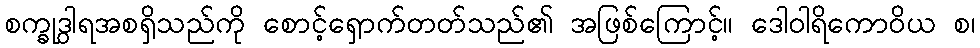
စက္ခုဒွါရအစရှိသည်ကို စောင့်ရှောက်တတ်သည်၏ အဖြစ်ကြောင့်။ ဒေါဝါရိကောဝိယ စ၊